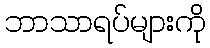
ဘာသာရပ်များကို